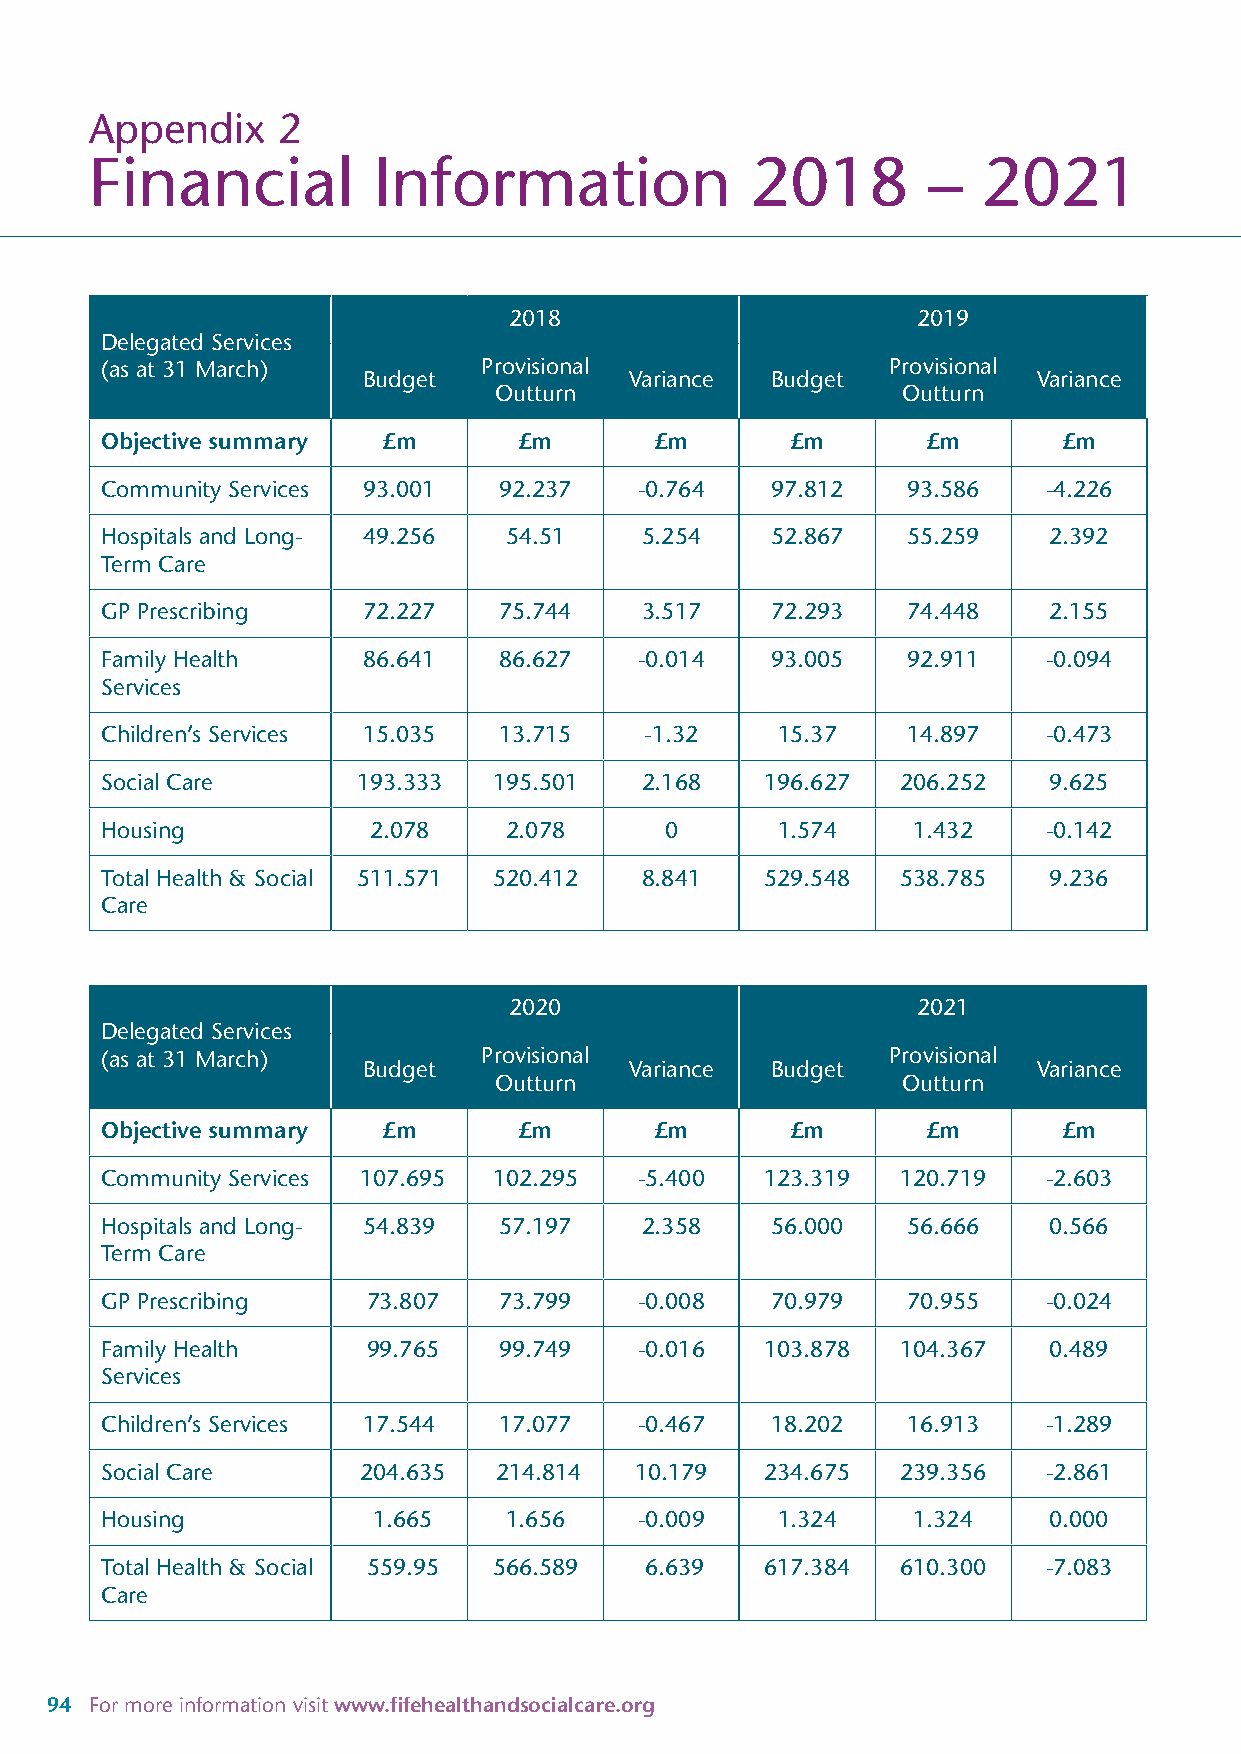
Appendix    2
 Financial          Information              2018       –   2021
 2018                       2019
 Delegated Services
 (as at 31 March)         Provisional                Provisional
 Budget            Variance Budget            Variance
 Outturn                    Outturn
 Objective summary £m       £m       £m       £m       £m       £m
 Community Services 93.001 92.237   -0.764   97.812   93.586   -4.226
 Hospitals and Long- 49.256 54.51   5.254    52.867   55.259   2.392
 Term Care
 GP Prescribing   72.227   75.744   3.517    72.293   74.448   2.155
 Family Health    86.641   86.627   -0.014   93.005   92.911   -0.094
 Services
 Children’s Services 15.035 13.715   -1.32   15.37    14.897   -0.473
 Social Care      193.333  195.501  2.168    196.627  206.252  9.625
 Housing          2.078    2.078      0      1.574    1.432    -0.142
 Total Health & Social 511.571 520.412 8.841 529.548  538.785  9.236
 Care
 2020                       2021
 Delegated Services
 (as at 31 March)         Provisional                Provisional
 Budget            Variance Budget            Variance
 Outturn                    Outturn
 Objective summary £m       £m       £m       £m       £m       £m
 Community Services 107.695 102.295 -5.400   123.319  120.719  -2.603
 Hospitals and Long- 54.839 57.197  2.358    56.000   56.666   0.566
 Term Care
 GP Prescribing   73.807   73.799   -0.008   70.979   70.955   -0.024
 Family Health    99.765   99.749   -0.016   103.878  104.367  0.489
 Services
 Children’s Services 17.544 17.077  -0.467   18.202   16.913   -1.289
 Social Care      204.635  214.814  10.179   234.675  239.356  -2.861
 Housing           1.665   1.656    -0.009   1.324    1.324    0.000
 Total Health & Social 559.95 566.589 6.639  617.384  610.300  -7.083
 Care
 94 For more information visit www.fifehealthandsocialcare.org